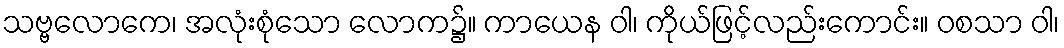
သဗ္ဗလောကေ၊ အလုံးစုံသော လောက၌။ ကာယေန ဝါ၊ ကိုယ်ဖြင့်လည်းကောင်း။ ဝစသာ ဝါ၊